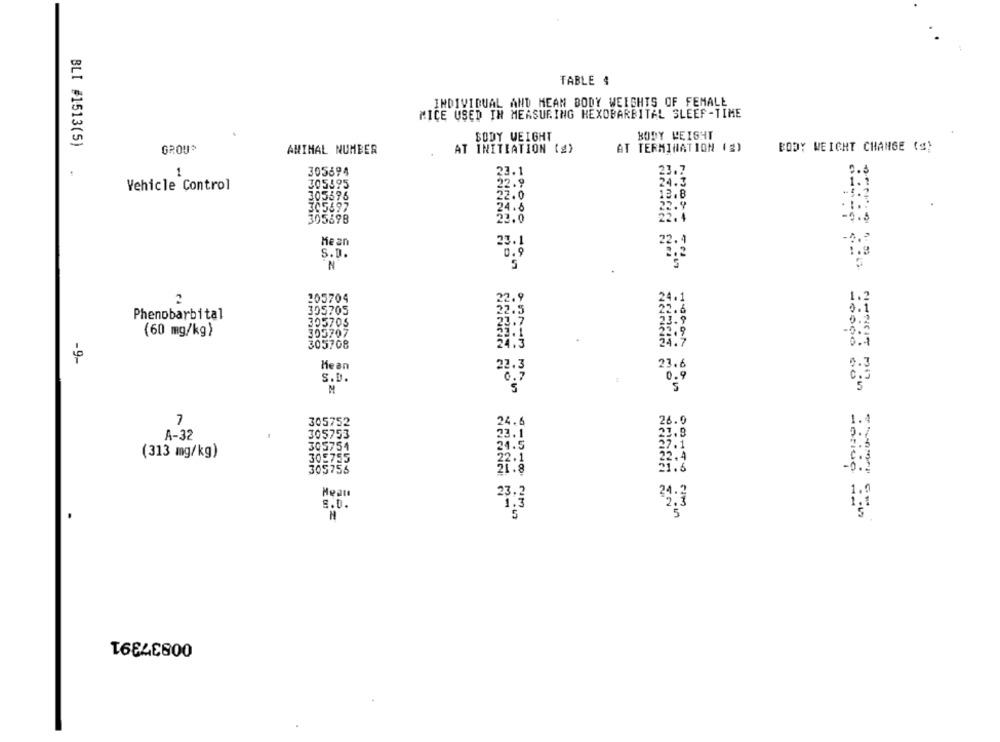
TABLE 4
INDIVIDUAL AND MEAN BODY WEIGHTS OF FEMALE
MICE USED IN MEASURING HEXOBARBITAL SLEEF-TIME
BODY WEIGHT
BODY WEIGHT
BLI #1513(5)
GROU*
AT INITIATION (g)
AT TERMINATION (2)
BODY WEIGHT CHANGE (S)
ANIMAL NUMBER
305694
23.7
1
23.1
Vehicle Control
305595
2.9
24.3
305596
2.0
13.8
305897
4.8
305698
23.0
Mean
23.1
S.D.
N
1.2
2
205704
22.9
24.1
305705
22.4
Phenobarbital
305705
(60 mg/kg)
305707
25
305708
24.7
-9-
23.6
Mean
22.3
S.D.
0.5
M
7
305752
24.
26.0
A-32
305753
21.9
305754
(313 mg/kg)
305755
305756
23.2
24.7
S.D.
H
T6E4E800